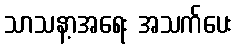
သာသနာ့အရေး အသက်ပေး